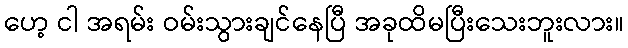
ဟေ့ ငါ အရမ်း ဝမ်းသွားချင်နေပြီ အခုထိမပြီးသေးဘူးလား။